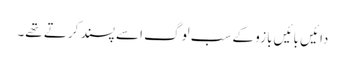
دائیں بائیں بازو کے سب لوگ اسے پسند کرتے تھے۔